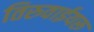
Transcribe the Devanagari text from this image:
तिरुवाईयरू